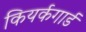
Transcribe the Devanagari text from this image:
कियर्कगार्ड